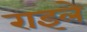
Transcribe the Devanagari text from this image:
राइले